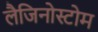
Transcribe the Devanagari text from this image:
लैजिनोस्टोम